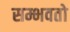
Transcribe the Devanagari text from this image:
सम्भवतो